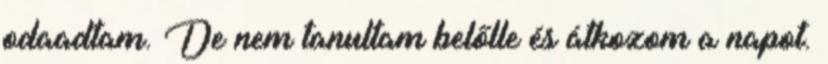
odaadtam. De nem tanultam belőlle és átkozom a napot.